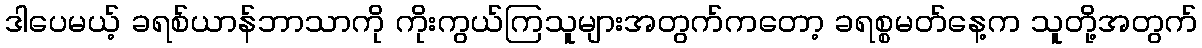
ဒါပေမယ့် ခရစ်ယာန်ဘာသာကို ကိုးကွယ်ကြသူများအတွက်ကတော့ ခရစ္စမတ်နေ့က သူတို့အတွက်